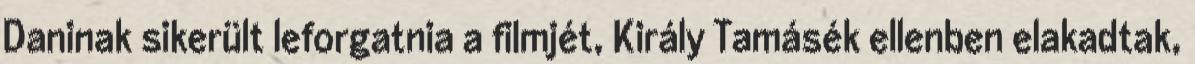
Daninak sikerült leforgatnia a filmjét, Király Tamásék ellenben elakadtak,